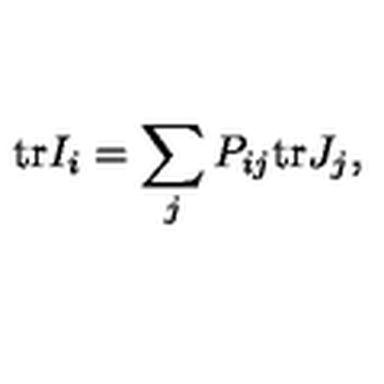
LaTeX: \mathrm { t r } I _ { i } = \sum _ { j } P _ { i j } \mathrm { t r } J _ { j } ,